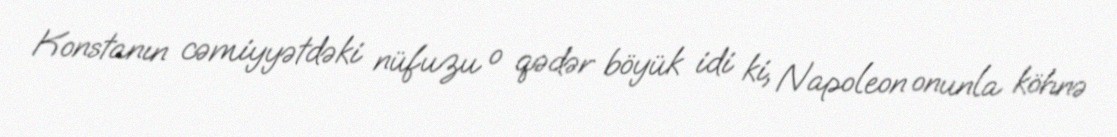
Konstanın cəmiyyətdəki nüfuzu o qədər böyük idi ki, Napoleon onunla köhnə